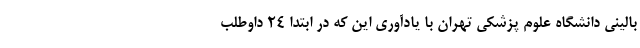
بالینی دانشگاه علوم پزشکی تهران با یادآوری این که در ابتدا ۲۴ داوطلب